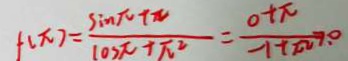
f ( x ) = \frac { \sin \pi + \pi } { \cos \pi + \pi ^ { 2 } } = \frac { 0 + \pi } { - 1 + \pi ^ { 2 } } > . 0